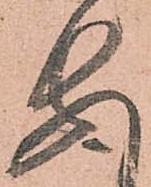
安